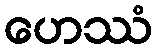
ဟေဿံ